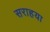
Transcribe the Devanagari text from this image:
सराहया